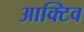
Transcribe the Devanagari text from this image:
आक्टिव